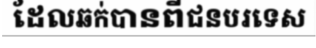
ដែលឆក់បានពីជនបរទេស